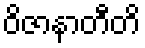
ဝိဇာနာတီတိ